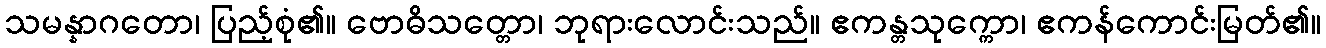
သမန္နာဂတော၊ ပြည့်စုံ၏။ ဗောဓိသတ္တော၊ ဘုရားလောင်းသည်။ ဧကန္တသုက္ကော၊ ဧကန်ကောင်းမြတ်၏။